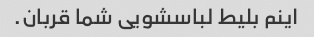
اینم بلیط لباسشویی شما قربان.